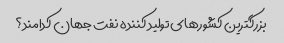
بزرگترین کشورهای تولید کننده نفت جهان کدامند؟